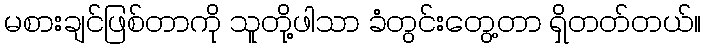
မစားချင်ဖြစ်တာကို သူတို့ဖါသာ ခံတွင်းတွေ့တာ ရှိတတ်တယ်။